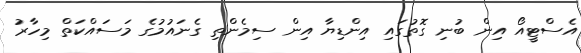
އެސްޓީއޯ އިން ބުނި ގޮތުގައި އިންޑިޔާ އިން ސިމެންތި ގެނައުމުގެ މަސައްކަތް މިހާރު